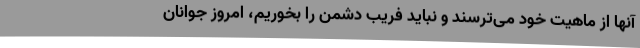
آنها از ماهیت خود می‌ترسند و نباید فریب دشمن را بخوریم، امروز جوانان